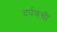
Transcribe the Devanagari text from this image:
दर्पणची